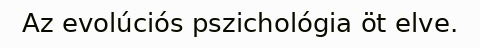
Az evolúciós pszichológia öt elve.